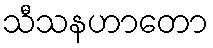
သီသနဟာတော